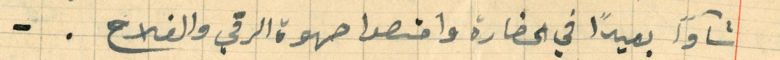
شآواً بعيدًا في الحضارة وامتصوا صهوة الرقي والفلاح..